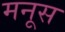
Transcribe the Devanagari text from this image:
मनूस